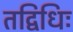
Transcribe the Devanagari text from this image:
तद्विधिः